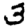
Digit: 3